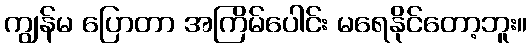
ကျွန်မ ပြောတာ အကြိမ်ပေါင်း မရေနိုင်တော့ဘူး။